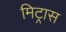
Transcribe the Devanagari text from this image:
मिट्रास